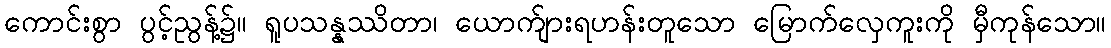
ကောင်းစွာ ပွင့်ညွန့်၌။ ရူပသန္နဿိတာ၊ ယောက်ျားရဟန်းတူသော မြောက်လှေကူးကို မှီကုန်သော။